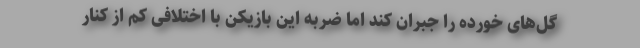
گل‌های خورده را جبران کند اما ضربه این بازیکن با اختلافی کم از کنار